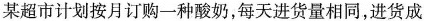
某超市计划按月订购一种酸奶，每天进货量相同，进货成